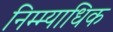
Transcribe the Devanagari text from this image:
निम्म्याधिक